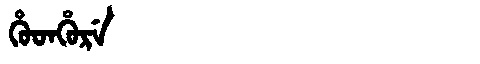
Manchu: ᡥᡠᡨᡥᡠᡵᡝ
Romanization: HUTHURE